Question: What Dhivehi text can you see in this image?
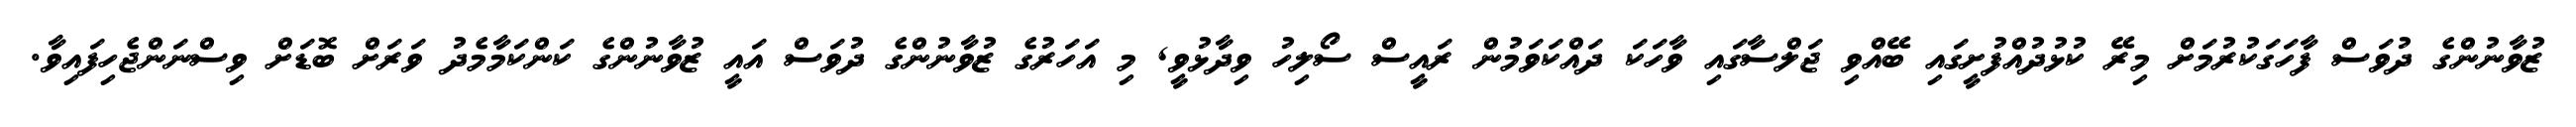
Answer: ޒުވާނުންގެ ދުވަސް ފާހަގަކުރުމަށް މިރޭ ކުޅުދުއްފުށީގައި ބޭއްވި ޖަލްސާގައި ވާހަކަ ދައްކަވަމުން ރައީސް ސޯލިހު ވިދާޅުވީ, މި އަހަރުގެ ޒުވާނުންގެ ދުވަސް އައީ ޒުވާނުންގެ ކަންކަމާމެދު ވަރަށް ބޮޑަށް ވިސްނަންޖެހިފައިވާ.